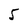
Character: 5